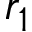
r _ { 1 }